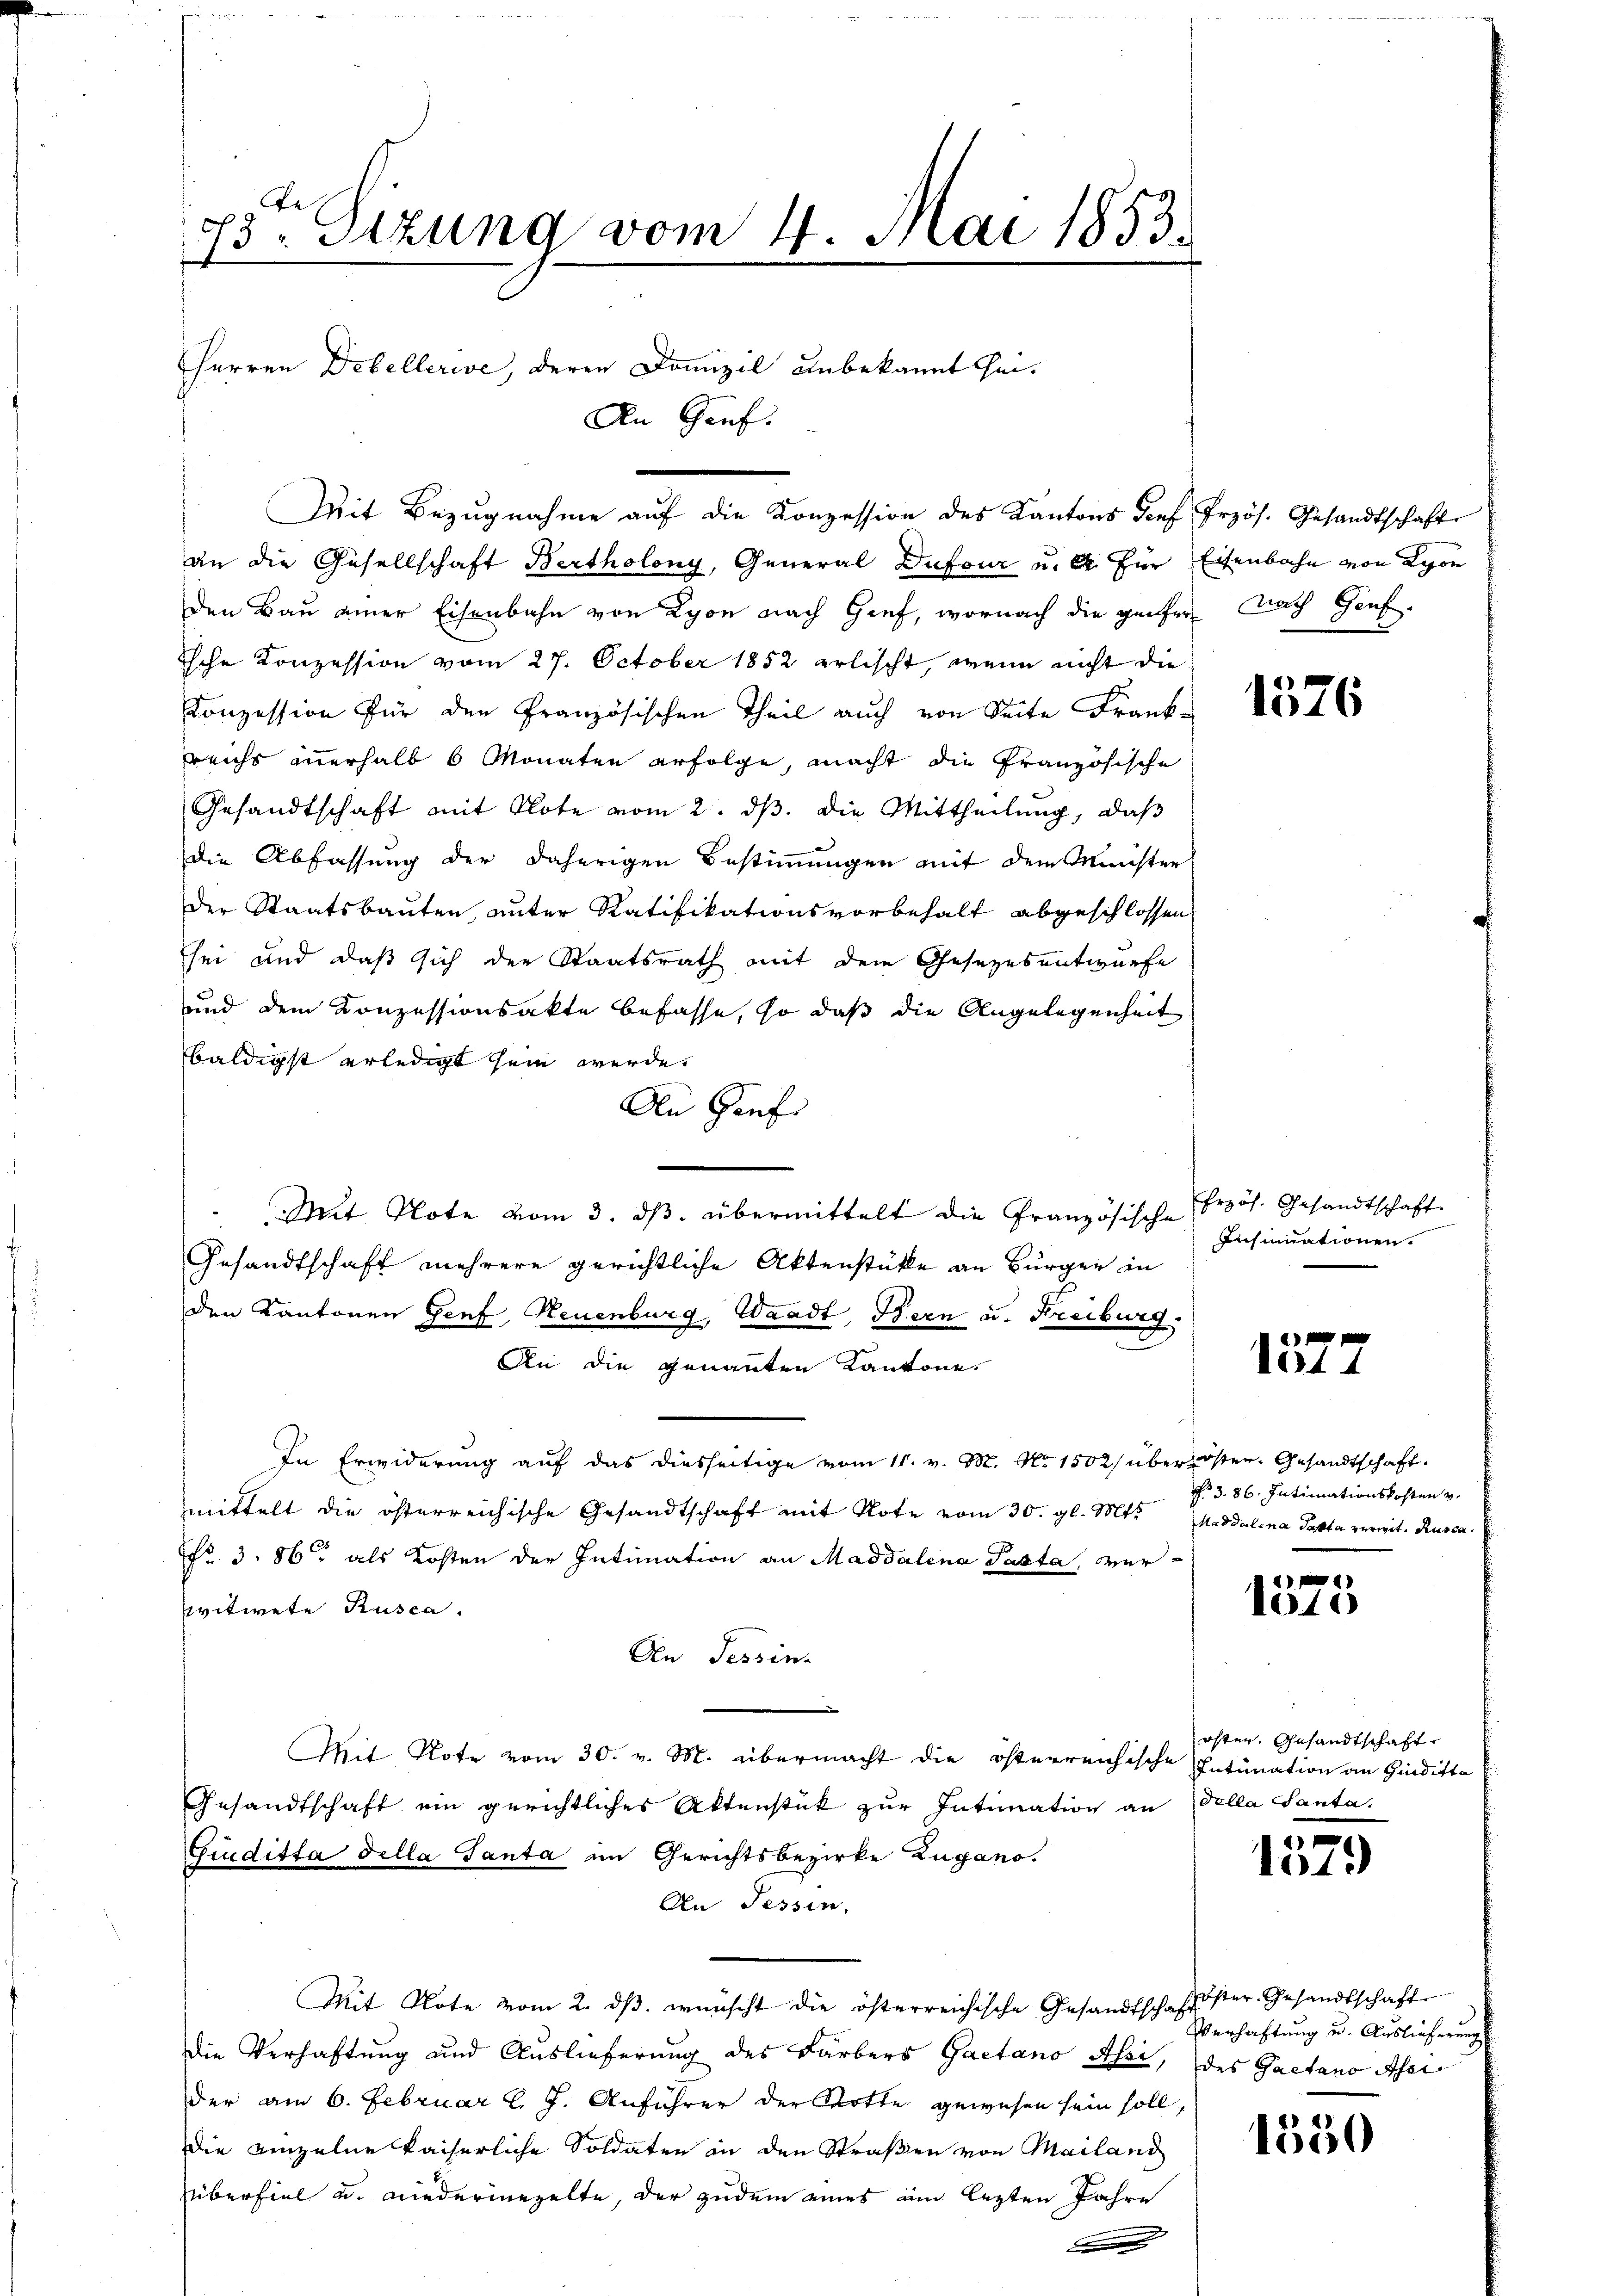
Ge
se
7.
3: Sitzung vom 4. Mai 1853.
.

Herren Debellerive, deren Domizil unbekannt sei¬
Mit Bezugnahme auf die Konzession des Kantons Dorf Przös. Gesandtschaft

An Genf.

an die Gesellschaft Bertholony, General Dufour u. A. Für Eisenbahn von Lyon
den Bau einer Eisenbahn von Lyon nach Graf, wornach die geifer Nach Genf,
sche Konzession vom 27. October 1852 erlischt, wenn nicht die
onzession für den Französischen Theil auch von Seite Frank-
reichs innerhalb 6 Monaten erfolge, macht die französische
Gesandtschaft mit Note vom 2. ds. die Mittheilung, daß
die Abfassung der daherigen Bestimmungen mit dem Minister
der Staatsbauten, unter Ratifikationsvorbehalt abgeschlossen
sei und daß sich der Staatsrath mit dem Gesetzesentwurfe
und dem Konzessionsakte befasse, so daß die Angelegenheit
baldigst erledigt sein werde.
An Genf
Mit Note vom 3. ds. übermittelt die Französische
Gesandtschaft mehrere gerichtliche Aktenstücke an Bürger in
den Kantonen Genf, Neuenburg, Waadt, Bern u. Kreiburg,
An die genannten Kantone.
In Erwiderung auf das diesseitige vom 11. v. M. No 1502) über öster. Gesandtschaft.
mittelt die österreichische Gesandtschaft mit Note vom 30. gl. Mts. Magdalena Takta vermit Rusca.
Fr. 3. 86 als Kosten der Intimation an Maddalena Pasta, verpvitwete Rusca.
An Tessin
Mit Note vom 30. v. M. übermacht die österreichische Intunation an Hindikta
Gesandtschaft ein gerichtliches Aktenstük zur Intimation an Dolla Santa,
Gruditta Fella Tanta im Gerichtsbezirke Zugano.
An Tessin,
Mit Note vom 2. dβ. wünscht die österreichische Gesandtschaftster Gesandtschaft
die Verhaftung und Auslieferung des Färbers Gaetano Assi, des Gaetano Ar
der am 6. Februar l. J. Anführer der Rotte gewesen sein soll,
die einzelne kaiserliche Soldaten in den Straßen von Mailand
überfiel u. niederinezelte, der zudem eines am lezten Jahre

1576

Erzös. Gesandtschaft.
Insinuationen.

11 f 0 x
1044

N. 3. 86. Intimationskosten v.

1575

östen. Gesandtschafte

d
1049

Verhaftung u. Auslieferung

1550